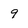
Character: 9